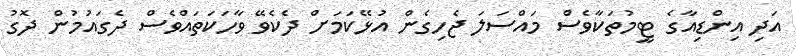
އަދި އިންޑިއާގެ ޓީމުތަކާވެސް މައްސަލަ ޖެހިގެން އުޅޭކަމަށް ދެކެވޭ ވާހަކަތައްވެސް ދެގައުމުން ދޮގު